Report on malaria in the Punjab during the year ...  together with an account of the work of the Punjab Malaria Bureau - Volume 6
Disease focus: Malaria
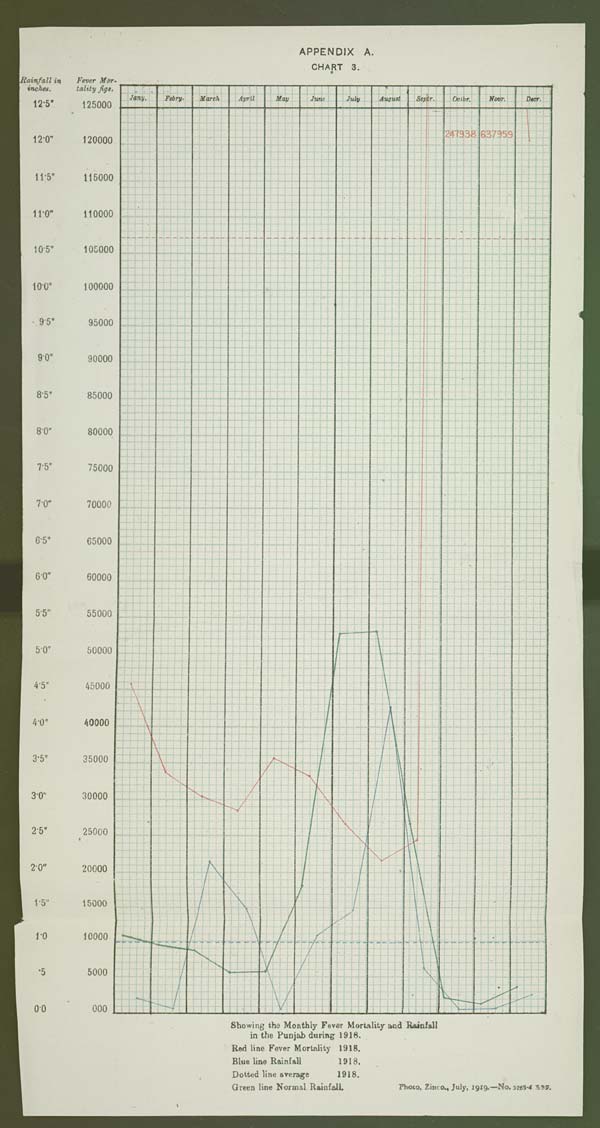
APPENDIX A.
CHART 3.
Showing the Monthly Fever Mortality and Rainfall
in the Punjab during 1918.
Red line Fever Mortality 1918.
Blue line Rainfall
1918.
Dotted line average
1918.
Green line Normal Rainfall. Photo. Zinco., July, 1919.—No. 5265-4. 398.